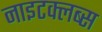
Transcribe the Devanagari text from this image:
नाइटक्लब्स